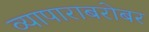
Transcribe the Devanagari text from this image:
व्यापाराबरोबर